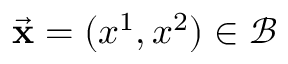
\vec { \bf x } = ( x ^ { 1 } , x ^ { 2 } ) \in \mathcal { B }